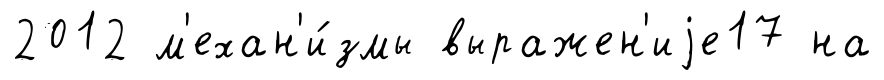
2012 м'ехан'и́змы выражен'иjе17 на